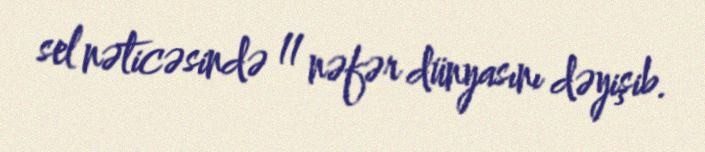
sel nəticəsində 11 nəfər dünyasını dəyişib.